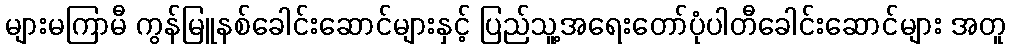
များမကြာမီ ကွန်မြူနစ်ခေါင်းဆောင်များနှင့် ပြည်သူ့အရေးတော်ပုံပါတီခေါင်းဆောင်များ အတူ